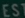
ESTE